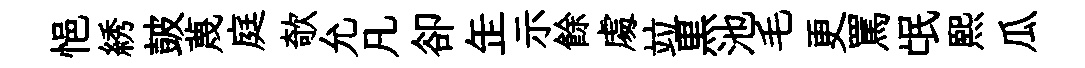
悒綉皷蔑庭欹允凡卻𦈢示餘䖏竝黒池毛更罵氓熙瓜